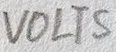
Text: VOLTS